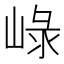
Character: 𡸮